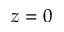
z = 0